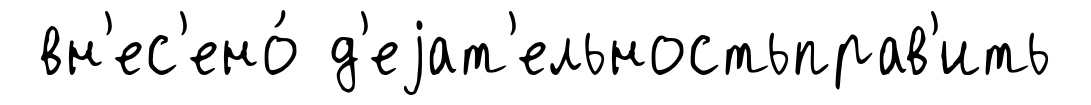
вн'ес'ено́ д'еjат'ельностьправ'ить